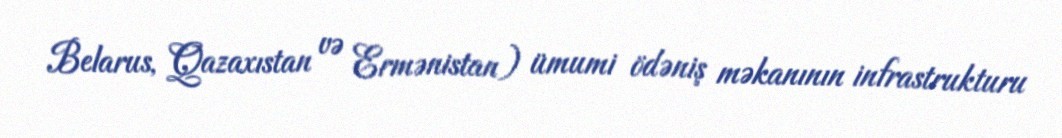
Belarus, Qazaxıstan və Ermənistan) ümumi ödəniş məkanının infrastrukturu